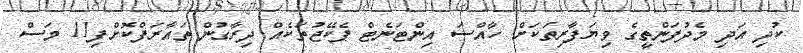
ކުދި އަދި މެދުފަންތީގެ ވިޔަފާރިތަކަށް ހާއްސަ އިންޓަނެޓް ޕެކޭޖުތަކެއް ދިރާގުން ތައާރަފްކޮށްފި11 މަސް